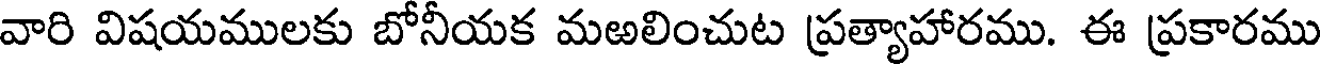
వారి విషయములకు బోనీయక మఱలించుట ప్రత్యాహారము. ఈ ప్రకారము